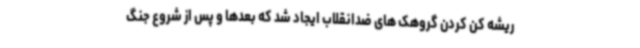
ریشه کن کردن گروهک های ضدانقلاب ایجاد شد که بعدها و پس از شروع جنگ